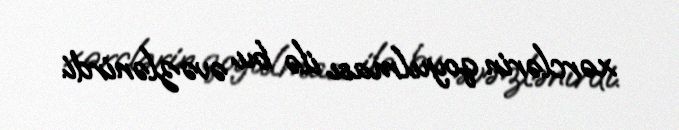
xərclərin qoyulması ilə bu əvəzlənirdi.